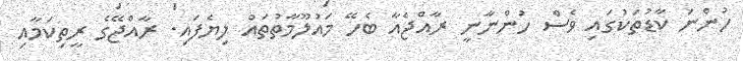
ހުންނަ ކާޑުތަކުގައި ވެސް ހުންނާނީ ރާއްޖެއާ ބެހޭ މައުލޫމާތުތައް ލިޔެފައި. ރާއްޖޭގެ ރީތިކަމާއި